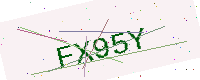
Text: FX95Y